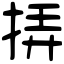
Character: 挵